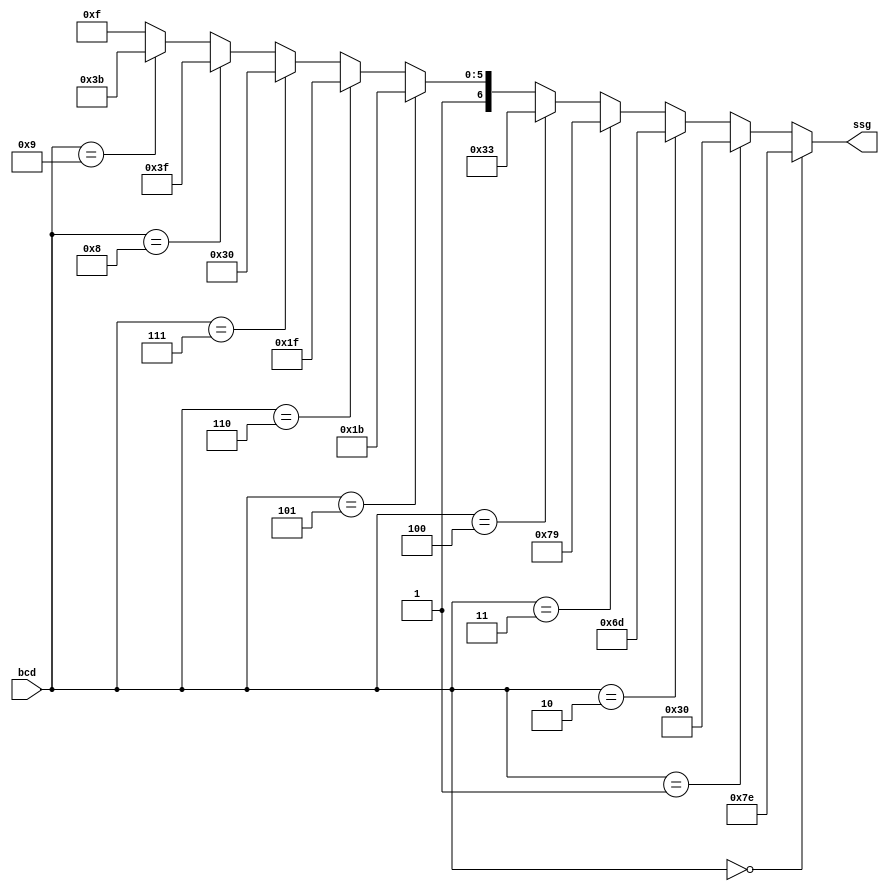
`timescale 1 ns/100 ps

module bcd_to_ssg ( input [3:0] bcd,
                    output [6:0] ssg);
 assign ssg = ( bcd == 4'b0000 ) ? 7'b1111110 : //0
              ( bcd == 4'b0001 ) ? 7'b0110000 : //1
              ( bcd == 4'b0010 ) ? 7'b1101101 : //2
              ( bcd == 4'b0011 ) ? 7'b1111001 : //3
              ( bcd == 4'b0100 ) ? 7'b0110011 : //4
              ( bcd == 4'b0101 ) ? 7'b1011011 : //5
              ( bcd == 4'b0110 ) ? 7'b1011111 : //6
              ( bcd == 4'b0111 ) ? 7'b1110000 : //7
              ( bcd == 4'b1000 ) ? 7'b1111111 : //8
              ( bcd == 4'b1001 ) ? 7'b1111011 : //9
                                   7'b1001111 ; //?
endmodule